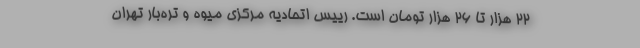
۲۲ هزار تا ۲۶ هزار تومان است. رییس اتحادیه مرکزی میوه و تره‌بار تهران